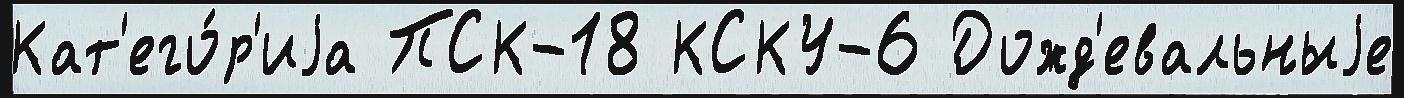
Кат'его́р'иjа ПСК-18 КСКУ-6 Дожд'евальныjе